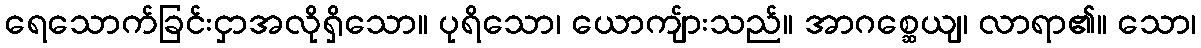
ရေသောက်ခြင်းငှာအလိုရှိသော။ ပုရိသော၊ ယောကျ်ားသည်။ အာဂစ္ဆေယျ၊ လာရာ၏။ သော၊